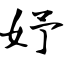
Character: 妤